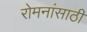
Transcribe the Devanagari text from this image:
रोमनांसाठी